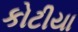
કોટીયા